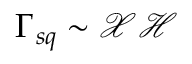
\Gamma _ { s q } \sim \mathcal { X } \mathcal { H }